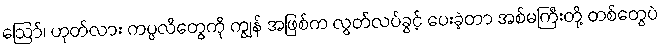
ဩော်၊ ဟုတ်လား ကပ္ပလီတွေကို ကျွန် အဖြစ်က လွတ်လပ်ခွင့် ပေးခဲ့တာ အစ်မကြီးတို့ တစ်တွေပဲ